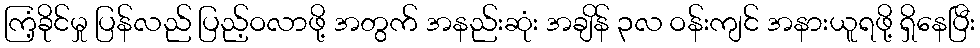
ကြံ့ခိုင်မှု ပြန်လည် ပြည့်ဝလာဖို့ အတွက် အနည်းဆုံး အချိန် ၃လ ဝန်းကျင် အနားယူရဖို့ ရှိနေပြီး